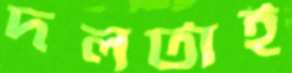
দলটাই